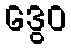
ဒွေဝ